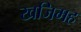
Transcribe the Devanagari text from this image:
खजिमह